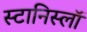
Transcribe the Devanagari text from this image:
स्टानिस्लॉ